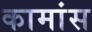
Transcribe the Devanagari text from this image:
कामांस